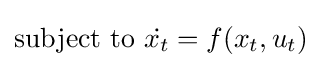
{\text{subject to }}{\dot {x_{t}}}=f(x_{t},u_{t})